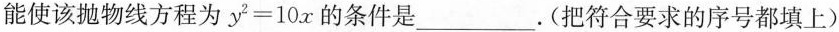
能使该抛物线方程为$$y ^ { 2 } = 1 0 x$$的条件是___.（把符合要求的序号都填上）